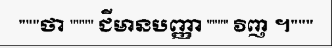
"""ថា """" ជីមានបញ្ញា """" វិញ ។"""